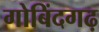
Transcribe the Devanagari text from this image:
गोबिंदगढ़